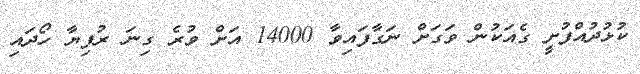
ކުޅުދުއްފުށީ ގެއަކުން ވަގަށް ނަގާފައިވާ 14000 އަށް ވުރެ ގިނަ ރުފިޔާ ހޯދައި